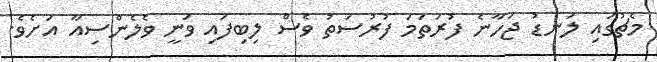
މެޗުގައި ލަނޑު ޖަހާނެ ފުރަތަމަ ފުރުސަތު ވެސް ލިބިފައި ވަނީ ވެލެންސިއާ އަށެވެ.